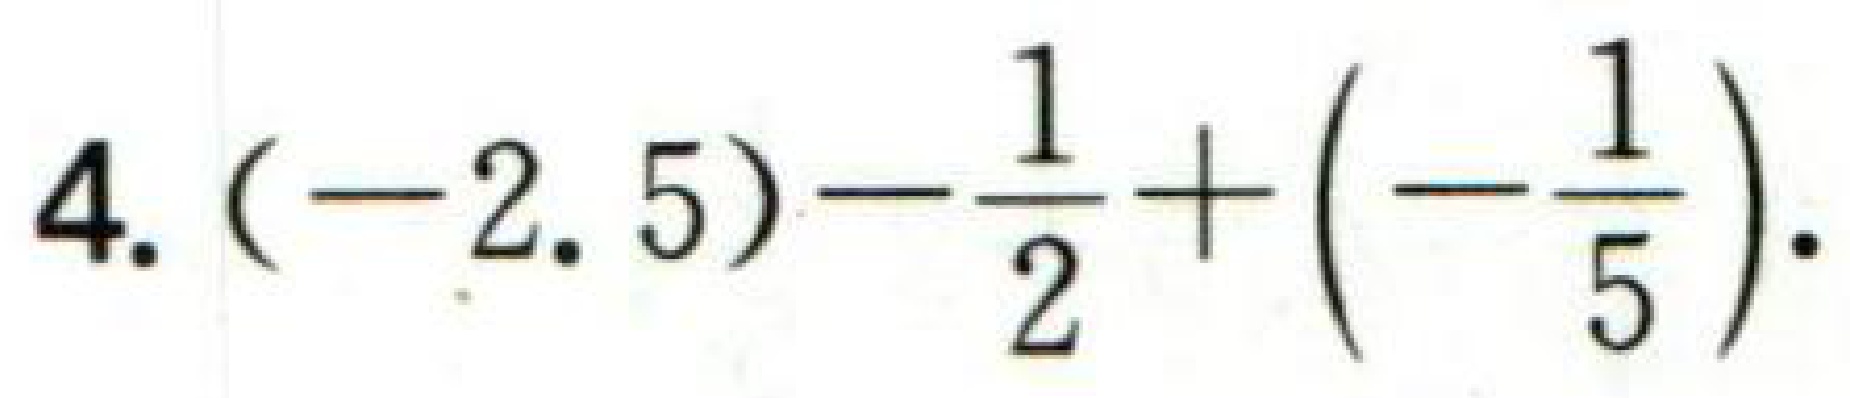
$4.(-2.5)-\frac{1}{2}+(-\frac{1}{5}).$